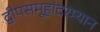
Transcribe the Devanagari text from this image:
द्वीपसमूहांदरम्यान